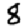
Digit: 8